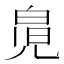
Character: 𰃎